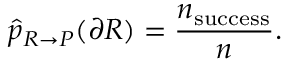
\widehat { p } _ { R \rightarrow P } ( \partial R ) = \frac { n _ { \mathrm { s u c c e s s } } } { n } .